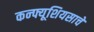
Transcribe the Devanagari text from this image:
कन्फ्यूशियसाचे